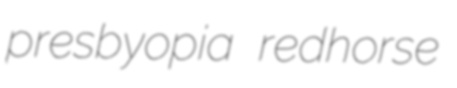
presbyopia redhorse